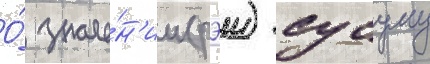
О́ значе́н'ии (рэи) сусуму